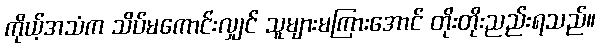
ကိုယ့်အသံက သိပ်မကောင်းလျှင် သူများမကြားအောင် တိုးတိုးညည်းရသည်။